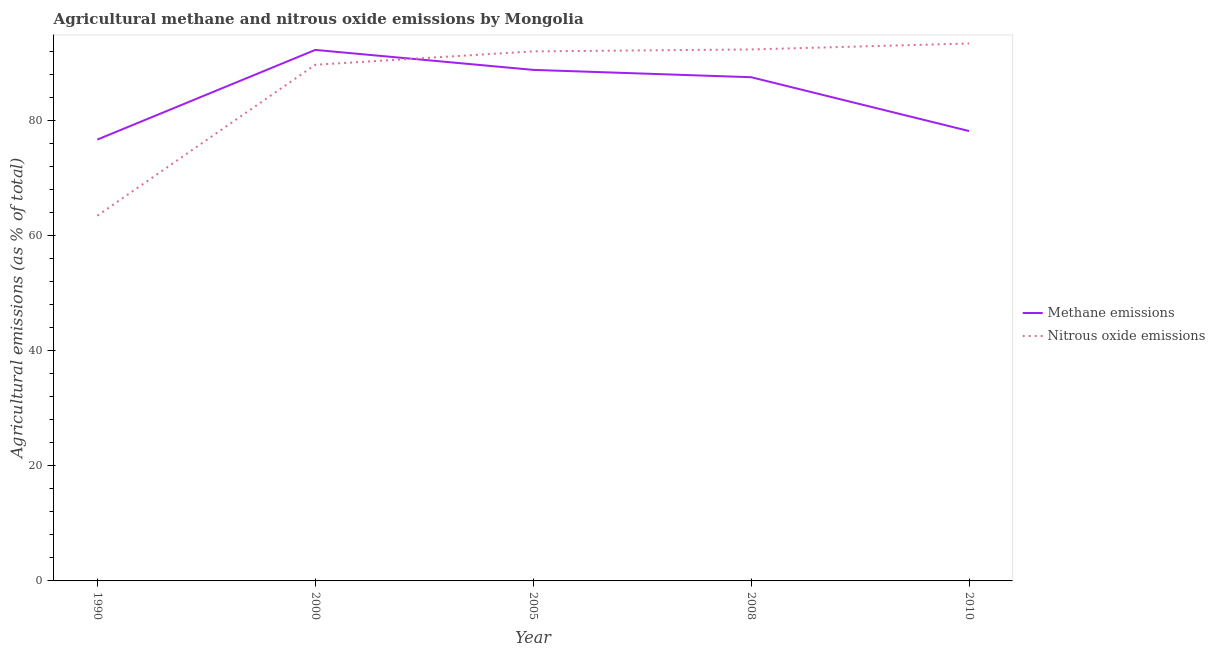
| Year | Methane emissions | Nitrous oxide emissions |
 | --- | --- | --- |
 | 1990 | 76.7 | 63.4 |
 | 2000 | 92.2 | 89.7 |
 | 2005 | 88.8 | 92 |
 | 2008 | 87.5 | 92.3 |
 | 2010 | 78.1 | 93.4 |